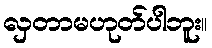
လှတာမဟုတ်ပါဘူး။